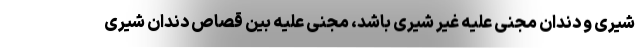
شیری و دندان مجنی علیه غیر شیری باشد، مجنی علیه بین قصاص دندان شیری